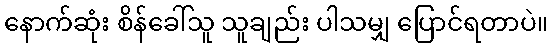
နောက်ဆုံး စိန်ခေါ်သူ သူချည်း ပါသမျှ ပြောင်ရတာပဲ။